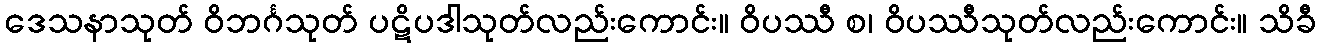
ဒေသနာသုတ် ဝိဘင်္ဂသုတ် ပဋိပဒါသုတ်လည်းကောင်း။ ဝိပဿီ စ၊ ဝိပဿီသုတ်လည်းကောင်း။ သိခီ